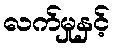
လက်မှုနှင့်